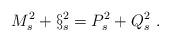
LaTeX: \begin{align*}M_s^2 +\S_s^2 = P_s^2 + Q_s^2 \ .\end{align*}